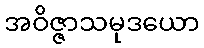
အဝိဇ္ဇာသမုဒယော